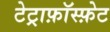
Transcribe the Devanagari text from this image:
टेट्राफ़ॉस्फ़ेट